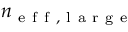
n _ { \mathrm { ~ e ~ f ~ f ~ , ~ l ~ a ~ r ~ g ~ e ~ } }